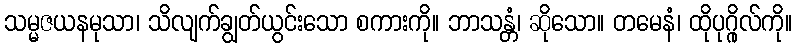
သမ္မဇယနမုသာ၊ သိလျက်ချွတ်ယွင်းသော စကားကို။ ဘာသန္တံ၊ ဆိုသော။ တမေနံ၊ ထိုပုဂ္ဂိုလ်ကို။